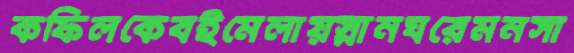
কফিলকেবইমেলায়স্নানঘরেমনসা